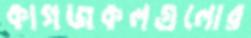
কাগজকলগুলোর